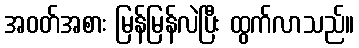
အဝတ်အစား မြန်မြန်လဲပြီး ထွက်လာသည်။